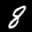
Label: 8